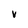
Character: V